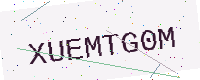
Text: XUEMTG0M